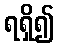
ရရှိ၍